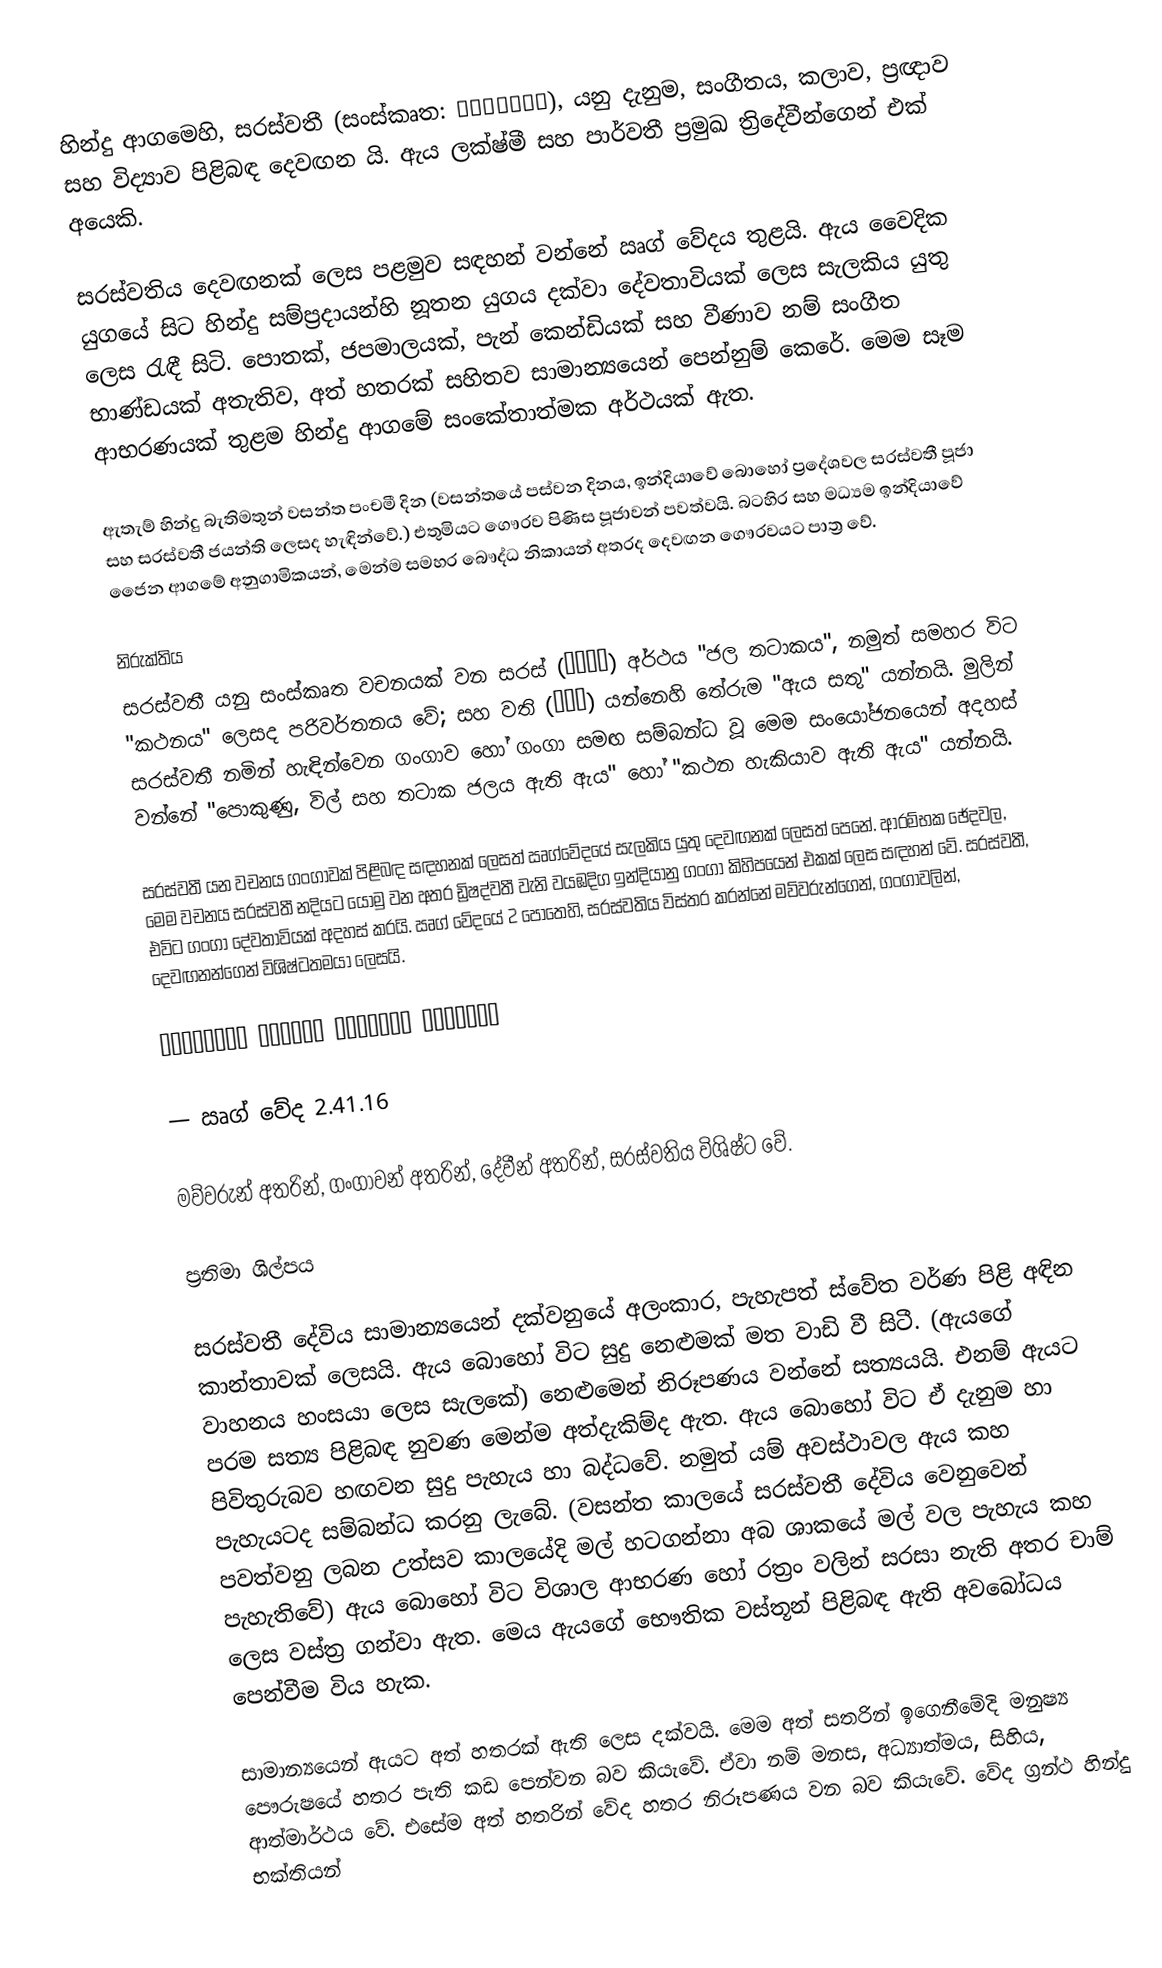
හින්දු ආගමෙහි, සරස්වතී (සංස්කෘත: सरस्वती),  යනු දැනුම, සංගීතය, කලාව, ප්‍රඥාව සහ විද්‍යාව පිළිබඳ දෙවඟන යි. ඇය ලක්ෂ්මී සහ පාර්වතී ප්‍රමුඛ ත්‍රිදේවීන්ගෙන් එක් අයෙකි.

සරස්වතිය දෙවඟනක් ලෙස පළමුව සඳහන් වන්නේ ඍග් වේදය තුළයි. ඇය වෛදික යුගයේ සිට හින්දු සම්ප්‍රදායන්හි නූතන යුගය දක්වා දේවතාවියක් ලෙස සැලකිය යුතු ලෙස රැඳී සිටි. පොතක්, ජපමාලයක්, පැන් කෙන්ඩියක් සහ වීණාව නම් සංගීත භාණ්ඩයක් අතැතිව, අත් හතරක් සහිතව සාමාන්‍යයෙන් පෙන්නුම් කෙරේ. මෙම සෑම ආභරණයක් තුළම හින්දු ආගමේ සංකේතාත්මක අර්ථයක් ඇත.

ඇතැම් හින්දු බැතිමතුන් වසන්ත පංචමී දින (වසන්තයේ පස්වන දිනය, ඉන්දියාවේ බොහෝ ප්‍රදේශවල සරස්වතී පූජා සහ සරස්වතී ජයන්ති ලෙසද හැඳින්වේ.) එතුමියට ගෞරව පිණිස පූජාවන් පවත්වයි. බටහිර සහ මධ්‍යම ඉන්දියාවේ ජෛන ආගමේ අනුගාමිකයන්, මෙන්ම සමහර බෞද්ධ නිකායන් අතරද දෙවඟන ගෞරවයට පාත්‍ර වේ.

නිරුක්තිය
සරස්වතී යනු සංස්කෘත වචනයක් වන සරස් (सरस्) අර්ථය "ජල තටාකය", නමුත් සමහර විට "කථනය" ලෙසද පරිවර්තනය වේ; සහ වති (वती) යන්නෙහි තේරුම "ඇය සතු" යන්නයි. මුලින් සරස්වතී නමින් හැඳින්වෙන ගංගාව හෝ ගංගා සමඟ සම්බන්ධ වූ මෙම සංයෝජනයෙන් අදහස් වන්නේ "පොකුණු, විල් සහ තටාක ජලය ඇති ඇය" හෝ  "කථන හැකියාව ඇති ඇය" යන්නයි.

සරස්වතී යන වචනය ගංගාවක් පිළිබඳ සඳහනක් ලෙසත් ඍග්වේදයේ සැලකිය යුතු දෙවඟනක් ලෙසත් පෙනේ. ආරම්භක ඡේදවල, මෙම වචනය සරස්වතී නදියට යොමු වන අතර ඩ්‍රිෂද්වතී වැනි වයඹදිග ඉන්දියානු ගංගා කිහිපයෙන් එකක් ලෙස සඳහන් වේ. සරස්වතී, එවිට ගංගා දේවතාවියක් අදහස් කරයි. ඍග් වේදයේ 2 පොතෙහි,  සරස්වතිය විස්තර කරන්නේ මව්වරුන්ගෙන්, ගංගාවලින්, දෙවඟනන්ගෙන් විශිෂ්ටතමයා ලෙසයි.

अम्बितमे नदीतमे देवितमे सरस्वति

— ඍග් වේද 2.41.16

මව්වරුන් අතරින්, ගංගාවන් අතරින්, දේවීන් අතරින්, සරස්වතිය විශිෂ්ට වේ.

ප්‍රතිමා ශිල්පය

සරස්වතී දේවිය සාමාන්‍යයෙන් දක්වනුයේ අලංකාර, පැහැපත් ස්වේත වර්ණ පිළි අඳින කාන්තාවක් ලෙසයි. ඇය බොහෝ විට සුදු නෙළුමක් මත වාඩි වී සිටී. (ඇයගේ වාහනය හංසයා ලෙස සැලකේ) නෙළුමෙන් නිරූපණය වන්නේ සත්‍යයයි. එනම් ඇයට පරම සත්‍ය පිළිබඳ නුවණ මෙන්ම අත්දැකිම්ද ඇත. ඇය බොහෝ විට ඒ දැනුම හා පිවිතුරුබව හඟවන සුදු පැහැය හා බද්ධ‍වේ. නමුත් ‍යම් අවස්ථාවල ඇය කහ පැහැයටද සම්බන්ධ කරනු ලැබේ. (වසන්ත කාලයේ සරස්වතී දේවිය වෙනුවෙන් පවත්වනු ලබන උත්සව කාලයේදි මල් හටගන්නා අබ ශාකයේ මල් වල පැහැය කහ පැහැතිවේ) ඇය බොහෝ විට විශාල ආභරණ හෝ රත්‍රං වලින් සරසා නැති අතර චාම් ලෙස වස්ත්‍ර ගන්වා ඇත. මෙය ඇයගේ භෞතික වස්තූන් පිළිබඳ ඇති අවබෝධය පෙන්වීම විය හැක.

	සාමාන්‍යයෙන් ඇයට අත් හතරක් ඇති ලෙස දක්වයි. මෙම අත් සතරින් ඉගෙනීමේදි මනුෂ්‍ය පෞරුෂයේ හතර පැති කඩ පෙන්වන බව කියැවේ. ඒවා නම් මනස, අධ්‍යාත්මය, සිහිය, ආත්මාර්ථය ‍වේ. එ‍සේම අත් හතරින් වේද හතර නිරූපණය වන බව කියැවේ. වේද ග්‍රන්ථ හින්දු භක්තියන්